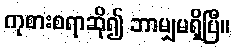
ကုစားစရာဆို၍ ဘာမျှမရှိပြီ။